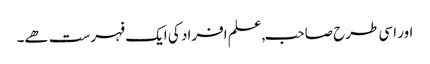
اور اسی طرح صاحب,علم افراد کی ایک فہرست ھے۔